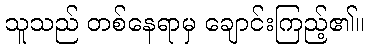
သူသည် တစ်နေရာမှ ချောင်းကြည့်၏။